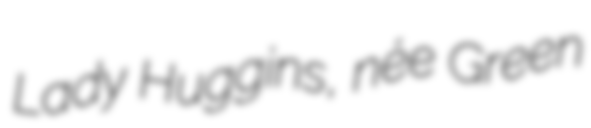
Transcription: Lady Huggins, née Green